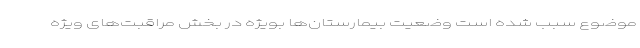
موضوع سبب شده است وضعیت بیمارستان‌ها بویژه در بخش مراقبت‌های ویژه